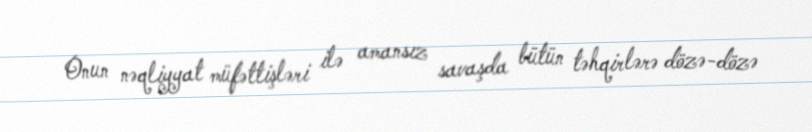
Onun nəqliyyat müfəttişləri ilə amansız savaşda bütün təhqirlərə dözə-dözə